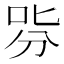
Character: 哛